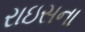
રાઇસના